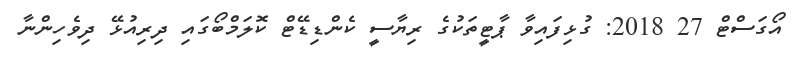
އޯގަސްޓް 27 2018: ގުޅިފައިވާ ޕާޓީތަކުގެ ރިޔާސީ ކެންޑިޑޭޓް ކޮލަމްބޯގައި ދިރިއުޅޭ ދިވެހިންނާ